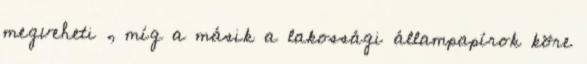
megveheti , míg a másik a lakossági állampapírok köre